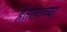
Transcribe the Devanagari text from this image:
हैतांगांच्या